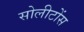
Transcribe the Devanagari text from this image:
सोलीटोंस